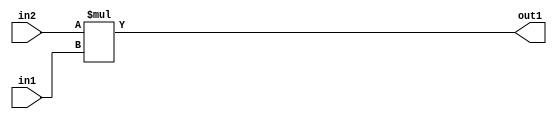
`timescale 1ps / 1ps
/*****************************************************************************
    Verilog RTL Description
    
    
    Created by: Stratus DpOpt 2019.1.01 
*******************************************************************************/

module st_weight_addr_gen_Mul_32Ux16U_32U_4_0 (
	in2,
	in1,
	out1
	); /* architecture "behavioural" */ 
input [31:0] in2;
input [15:0] in1;
output [31:0] out1;
wire [31:0] asc001;

assign asc001 = 
	+(in2 * in1);

assign out1 = asc001;
endmodule

/* CADENCE  ubL0Qgo= : u9/ySgnWtBlWxVPRXgAZ4Og= ** DO NOT EDIT THIS LINE ******/